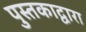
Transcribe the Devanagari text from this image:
पुस्तकाद्वारा